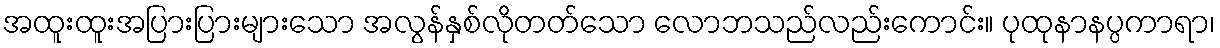
အထူးထူးအပြားပြားများသော အလွန်နှစ်လိုတတ်သော လောဘသည်လည်းကောင်း။ ပုထုနာနပ္ပကာရာ၊